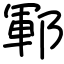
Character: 鄆